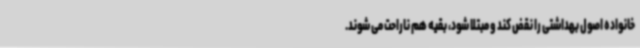
خانواده اصول بهداشتی را نقض کند و مبتلا شود، بقیه هم ناراحت می شوند.